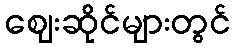
ဈေးဆိုင်များတွင်